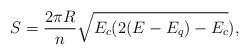
\begin{align*}S =\frac{2\pi R}{n}\sqrt{E_c(2(E-E_q)-E_c}),\end{align*}